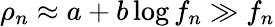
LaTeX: \rho_{n}\approx a+b\log f_{n}\gg f_{n}